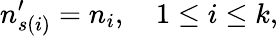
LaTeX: n_{s(i)}^{\prime}=n_{i},\quad 1\leq i\leq k,